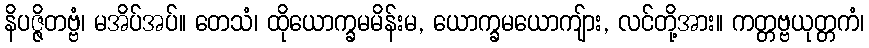
နိပဇ္ဇိတဗ္ဗံ၊ မအိပ်အပ်။ တေသံ၊ ထိုယောက္ခမမိန်းမ, ယောက္ခမယောကျ်ား, လင်တို့အား။ ကတ္တဗ္ဗယုတ္တကံ၊